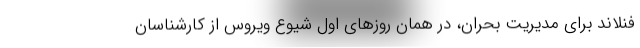
فنلاند برای مدیریت بحران، در همان روزهای اول شیوع ویروس از کارشناسان